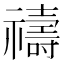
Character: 禱